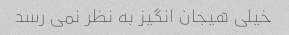
خیلی هیجان انگیز به نظر نمی رسد